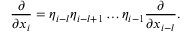
\frac { \partial } { \partial x _ { i } } = \eta _ { i - l } \eta _ { i - l + 1 } \dots \eta _ { i - 1 } \frac { \partial } { \partial x _ { i - l } } .